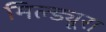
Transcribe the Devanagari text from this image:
मिल्ड्यूरा